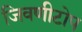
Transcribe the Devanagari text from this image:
जिवणीटोप